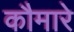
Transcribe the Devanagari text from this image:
कौमारे